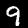
Digit: 9